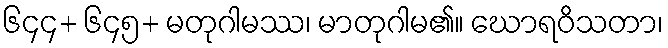
၆၄၄+ ၆၄၅+ မတုဂါမဿ၊ မာတုဂါမ၏။ ဃောရဝိသတာ၊